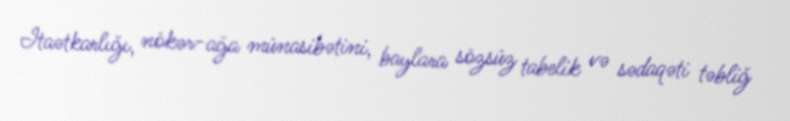
Itaətkarlığı, nökər-ağa münasibətini, baylara sözsüz tabelik və sədaqəti təbliğ